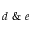
d \ \& \ e